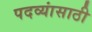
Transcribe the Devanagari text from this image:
पदव्यांसाठी